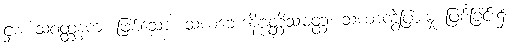
ငှာ။ သံဝတ္တနကံ၊ ဖြစ်သော။ သံဃဘေဒနိဗ္ဗတ္တိသမတ္ထံ၊ သံဃာကွဲပြားမှု ဖြစ်ခြင်း၌